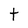
Character: t